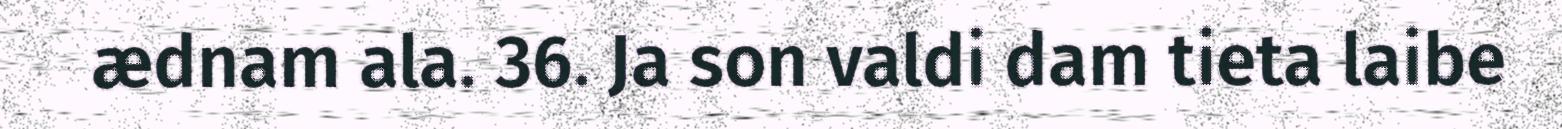
ædnam ala. 36. Ja son valdi dam tieta laibe